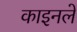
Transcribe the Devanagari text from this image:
काइनले